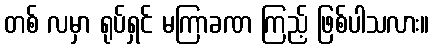
တစ် လမှာ ရုပ်ရှင် မကြာခဏ ကြည့် ဖြစ်ပါသလား။